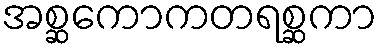
အစ္ဆကောကတရစ္ဆကာ